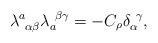
LaTeX: \begin{align*}\lambda^{a}_{~\alpha \beta} \lambda_{a}^{~\beta \gamma} = - C_{\rho} \delta_{\alpha}^{~\gamma},\end{align*}